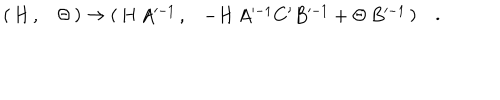
( \begin{array} { c c } { { H \, , } } & { { \Theta } } \\ \end{array} ) \rightarrow ( \begin{array} { c c } { { H \, A ^ { - 1 } \, , } } & { { - H \, A ^ { - 1 } C ^ { \prime } B ^ { - 1 } + \Theta \, B ^ { - 1 } } } \\ \end{array} ) \quad .